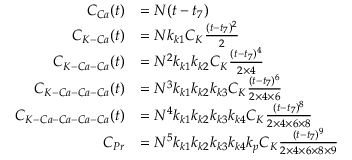
\begin{array} { r l } { C _ { C a } ( t ) } & { = N ( t - t _ { 7 } ) } \\ { C _ { K - C a } ( t ) } & { = N k _ { k 1 } C _ { K } \frac { ( t - t _ { 7 } ) ^ { 2 } } { 2 } } \\ { C _ { K - C a - C a } ( t ) } & { = N ^ { 2 } k _ { k 1 } k _ { k 2 } C _ { K } \frac { ( t - t _ { 7 } ) ^ { 4 } } { 2 \times 4 } } \\ { C _ { K - C a - C a - C a } ( t ) } & { = N ^ { 3 } k _ { k 1 } k _ { k 2 } k _ { k 3 } C _ { K } \frac { ( t - t _ { 7 } ) ^ { 6 } } { 2 \times 4 \times 6 } } \\ { C _ { K - C a - C a - C a - C a } ( t ) } & { = N ^ { 4 } k _ { k 1 } k _ { k 2 } k _ { k 3 } k _ { k 4 } C _ { K } \frac { ( t - t _ { 7 } ) ^ { 8 } } { 2 \times 4 \times 6 \times 8 } } \\ { C _ { P r } } & { = N ^ { 5 } k _ { k 1 } k _ { k 2 } k _ { k 3 } k _ { k 4 } k _ { p } C _ { K } \frac { ( t - t _ { 7 } ) ^ { 9 } } { 2 \times 4 \times 6 \times 8 \times 9 } } \end{array}